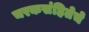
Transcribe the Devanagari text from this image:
चरकसंहितेचे